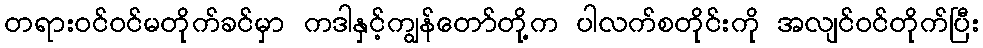
တရားဝင်ဝင်မတိုက်ခင်မှာ ကဒါနှင့်ကျွန်တော်တို့က ပါလက်စတိုင်းကို အလျင်ဝင်တိုက်ပြီး